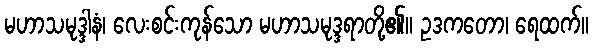
မဟာသမုဒ္ဒါနံ၊ လေးစင်းကုန်သော မဟာသမုဒ္ဒရာတို့၏။ ဥဒကတော၊ ရေထက်။